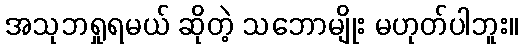
အသုဘရှုရမယ် ဆိုတဲ့ သဘောမျိုး မဟုတ်ပါဘူး။